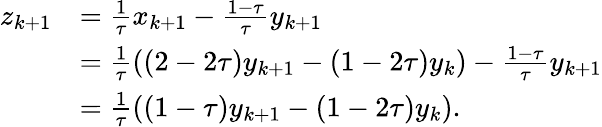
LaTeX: \begin{array}{rl}{z_{k+1}}&{=\frac{1}{\tau}x_{k+1}-\frac{1-\tau}{\tau}y_{k+1}}\\ &{=\frac{1}{\tau}\left((2-2\tau)y_{k+1}-(1-2\tau)y_{k}\right)-\frac{1-\tau}{\tau}y_{k+1}}\\ &{=\frac{1}{\tau}\left((1-\tau)y_{k+1}-(1-2\tau)y_{k}\right).}\end{array}